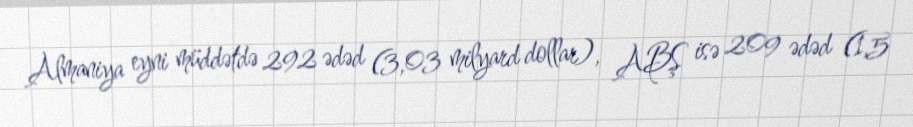
Almaniya eyni müddətdə 292 ədəd (3,03 milyard dollar), ABŞ isə 209 ədəd (1,5